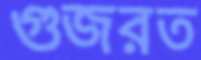
গুজরত